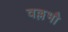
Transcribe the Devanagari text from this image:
वल्लभौ